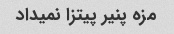
مزه پنیر پیتزا نمیداد